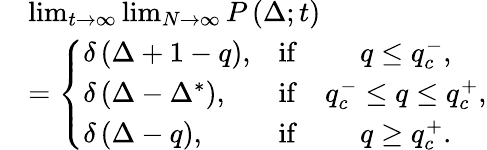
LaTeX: \begin{array}{rl}&{\operatorname*{lim}_{t\to\infty}\operatorname*{lim}_{N\to\infty}P\left(\Delta;t\right)}\\ &{=\left\{ \begin{array}{lcc}{\delta\left(\Delta+1-q\right),}&{\mathrm{if}}&{q\leq q_{c}^{-},}\\ {\delta\left(\Delta-\Delta^{*}\right),}&{\mathrm{if}}&{q_{c}^{-}\leq q\leq q_{c}^{+},}\\ {\delta\left(\Delta-q\right),}&{\mathrm{if}}&{q\geq q_{c}^{+}.}\end{array}\right.}\end{array}